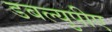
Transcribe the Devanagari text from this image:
डबल्युपीए